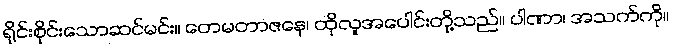
ရိုင်းစိုင်းသောဆင်မင်း။ တေမတာဇနေ၊ ထိုလူအပေါင်းတို့သည်။ ပါဏာ၊ အသက်ကို။